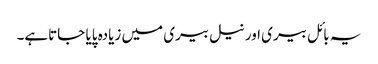
یہ بائل بیری اور نیل بیری میں زیادہ پایا جاتاہے۔